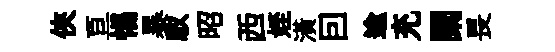
俠亘惕暴馭昭西姪潢囙逾充闌畏